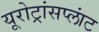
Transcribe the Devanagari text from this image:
यूरोट्रांसप्लांट